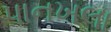
પાનખલા